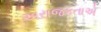
અરાજકતાએ